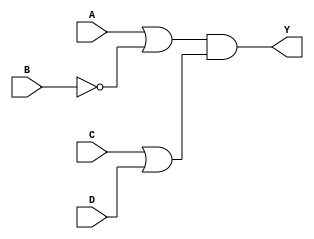
module pos_logic (
    input wire A,      // Input A
    input wire B,      // Input B
    input wire C,      // Input C
    input wire D,      // Input D
    output wire Y      // Output Y
);

// Intermediate wires for OR gate outputs
wire or1_out; // Output of first OR gate
wire or2_out; // Output of second OR gate

// Define the OR gates for the sums
// Example POS expression: (A + B')(C + D)
assign or1_out = A | ~B; // First OR gate: A + B'
assign or2_out = C | D;  // Second OR gate: C + D

// AND gate to combine the outputs of the OR gates
assign Y = or1_out & or2_out; // Final output: (A + B')(C + D)

endmodule